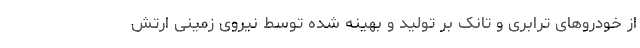
از خودروهای ترابری و تانک بر تولید و بهینه شده توسط نیروی زمینی ارتش